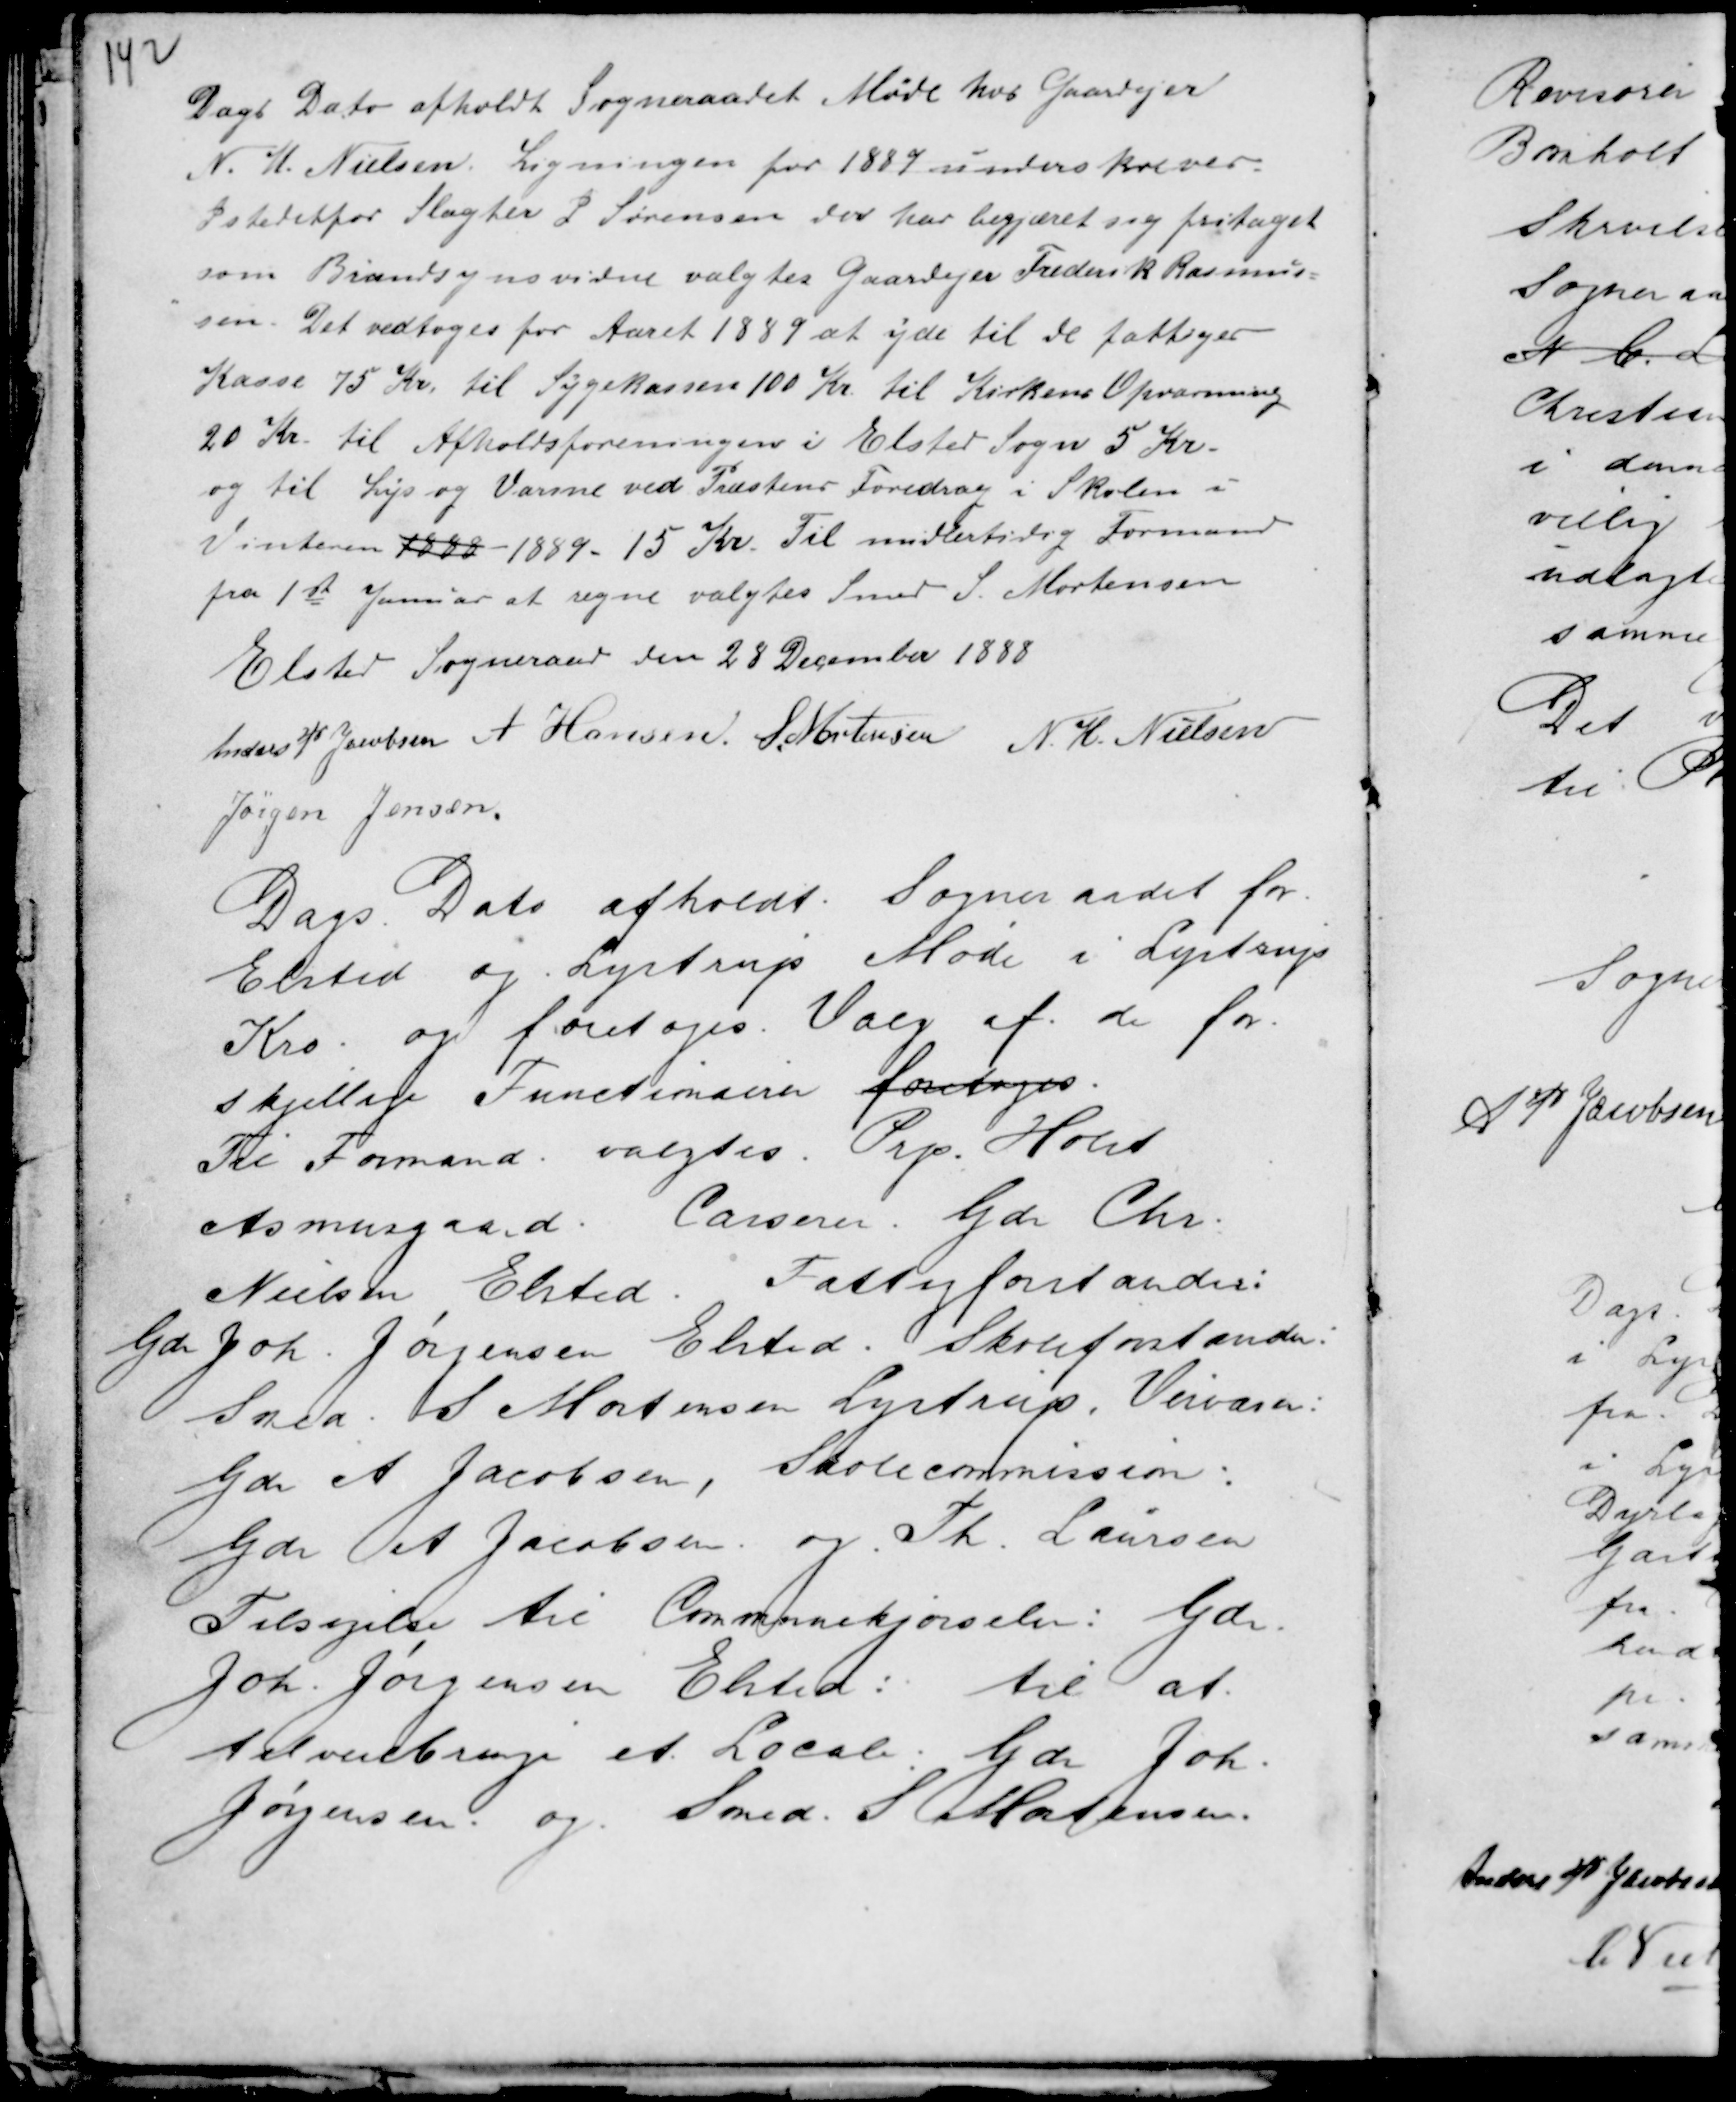
Transskription:
Dags Dato afholdt Sogneraadet Møde hos Gaardejer
N. H. Nielsen. Ligningen for 1889 underskreves.
Istedetfor Slagter P Sørensen der har begjæret sig fritaget
som Brandsynsvidne valgtes Gaardejer Frederik Rasmus-
sen. Det vedtoges for Aaret 1889 at yde til de fattiges
Kasse 75 Kr. til Sygekassen 100 Kr. til Kirkens Opvarmning
20 Kr. til Afholdsforeningen i Elsted Sogn 5 Kr.
og til Lys og Varme ved Præstens Foredrag i Skolen i
Vinteren 1888 - 1889 - 15 Kr. Til midlertidig Formand
fra 1ste Januar at regne valgtes Smed S. Mortensen
Elsted Sogneraad den 28 December 1888
Anders P Jacobsen A Hansen. S. Mortensen N. H. Nielsen
Jørgen Jensen.

Dags Dato afholdt Sogneraadet for
Elsted og Lystrup Møde i Lystrup
Kro og foretoges Valg af de for-
skjellige Functioner foretoges.
Til Formand valgtes Prp. Holst
Asmusgaard. Casserer Gdr. Chr.
Nielsen Elsted. Fattigforstander :
Gdr Joh. Jørgensen Elsted. Skoleforstander :
Sned. S Mortensen Lystrup. Veivæsen :
Gdr A Jacobsen, Skolecommission :
Gdr A Jacobsen og Th. Laursen
Tilsigelse til Communekjørsel : Gdr
Joh. Jørgensen Elsted : til at
tilveiebringe et Locale : Gdr Joh.
Jørgensen og Smed . S. Mortensen